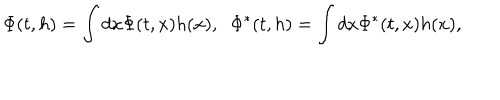
\Phi ( t , h ) = \int d x \Phi ( t , x ) h ( x ) , \; \; \Phi ^ { * } ( t , h ) = \int d x \Phi ^ { * } ( t , x ) h ( x ) ,